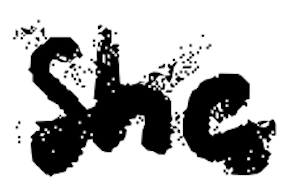
Text: she
Cross-out: mix
Writing tool: digital_black